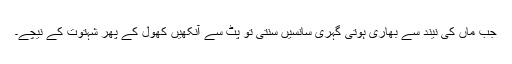
جب ماں کی نیند سے بھاری ہوتی گہری سانسیں سنتی تو پٹ سے آنکھیں کھول کے پھر شہتوت کے نیچے۔